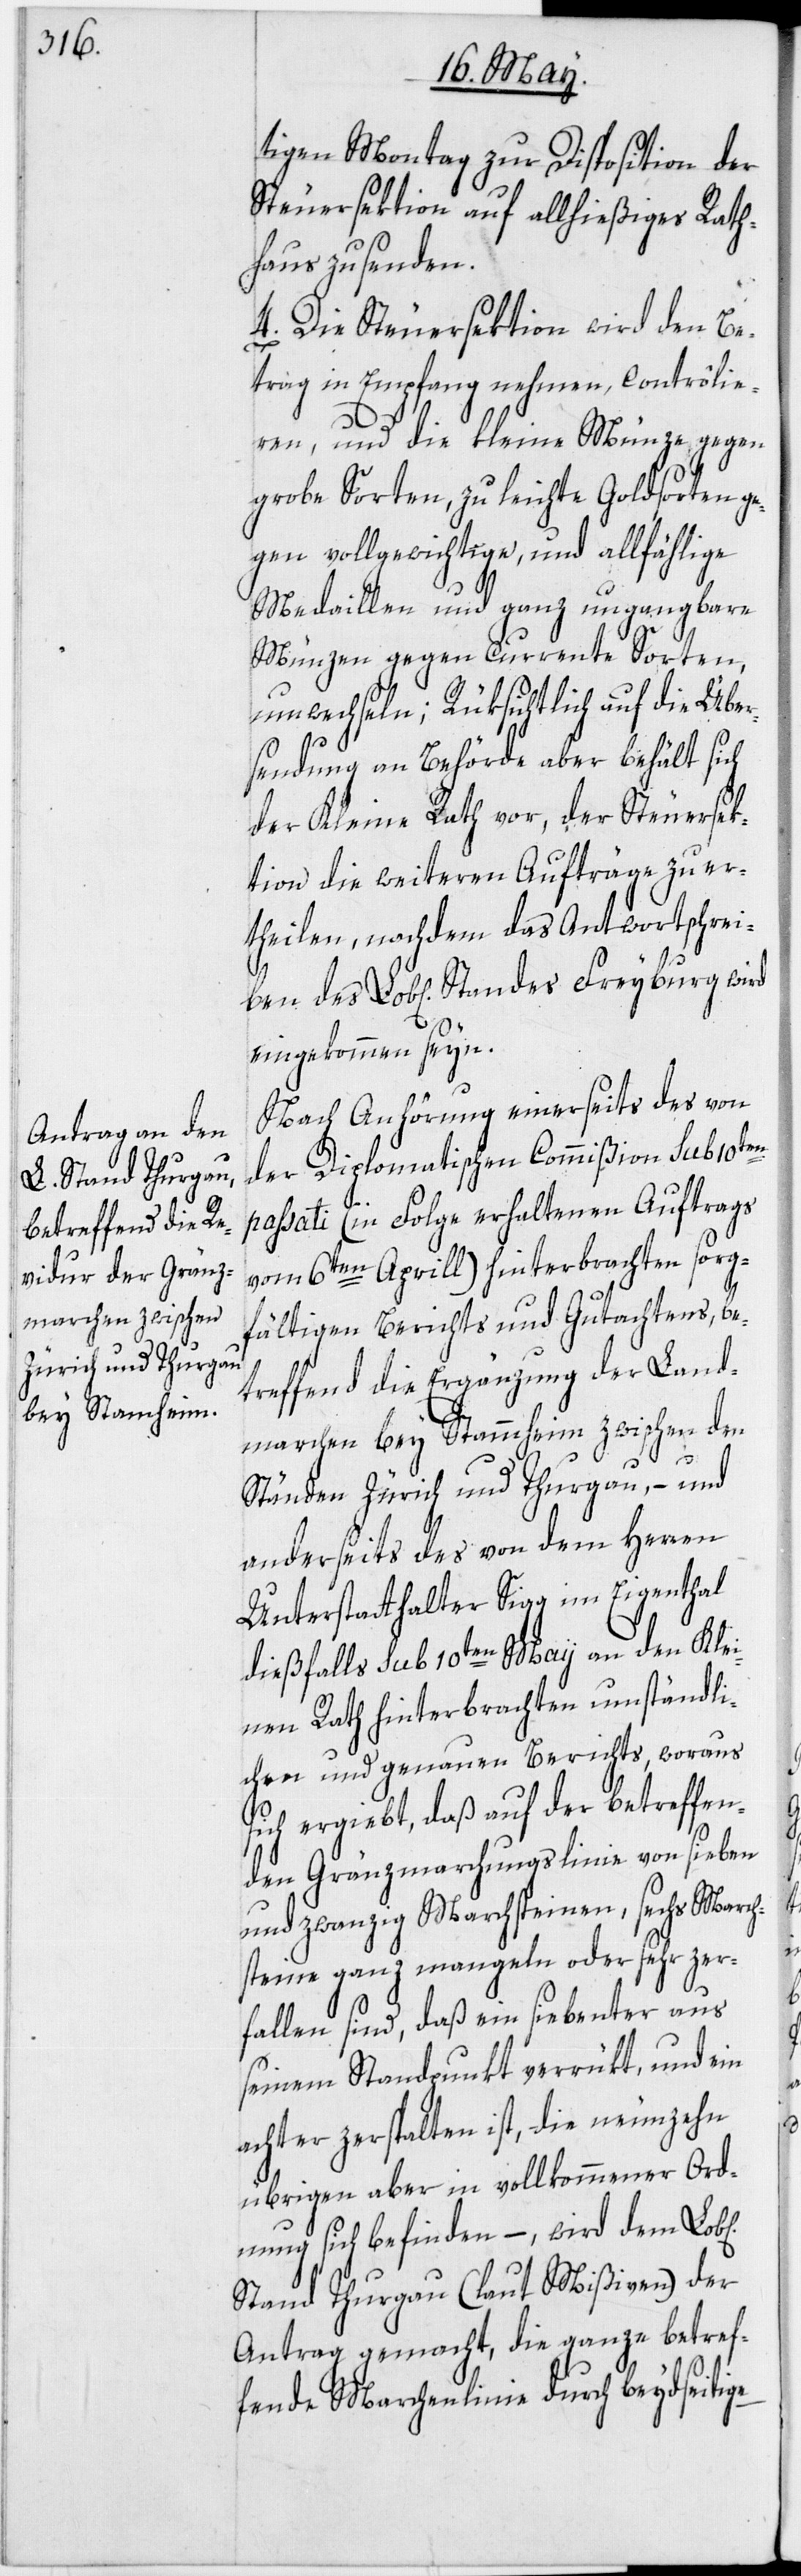
tigen Montag zur Disposition der
Steuersektion auf allhießiges Rath¬
haus zu senden.
4. Die Steuersektion wird den Be¬
trag in Empfang nehmen, contrôlie¬
ren, und die kleine Münze gegen
grobe Sorten, zu leichte Goldsorten ge¬
gen vollgewichtige, und allfählige
Medaillen und ganz ungangbare
Münzen gegen currente Sorten,
umwechseln; Rüksichtlich auf die Über¬
sendung an Behörde aber behält sich
der Kleine Rath vor, der Steuersek¬
tion die weiteren Aufträge zu er¬
theilen, nachdem das Antwortschrei¬
eingekommen seyn.
Nach Anhörung einerseits des von
der Diplomatischen Commißion sub 10ten
passati (in Folge erhaltenen Auftrags
vom 6ten Aprill) hinterbrachten sorg¬
fältigen Berichts und Gutachtens, be¬
treffend die Ergänzung der Land¬
marchen bey Stammheim zwischen den
ben
Ständen Zürich und Thurgau, – und
anderseits des von dem Herren
Unterstatthalter Sigg im Eigenthal
dießfalls sub 10ten Maii an den Klei¬
nen Rath hinterbrachten umständli¬
chen und genauen Berichts, woraus
sich ergiebt, daß auf der betreffen¬
den Gränzmarchungslinie von sieben
und zwanzig Marchsteinen, sechs March¬
steine ganz mangeln oder sehr zer¬
fallen sind, daß ein siebenter aus
seinem Standpunkt verrükt, und ein
achter zerspalten ist, die neunzehn
übrigen aber in vollkommener Ord¬
nung sich befinden –, wird dem
Stand Thurgau (laut Mißiven) der
Antrag gemacht, die ganze betref¬
fende Marchenlinie durch beydseitige